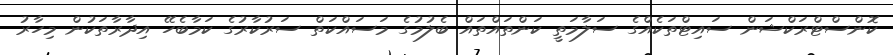
ކޮންސްޓްރަކްޝަން ސައިޓްތަކެއްގެ ސަލާމަތީ ކަންތައްތައް ބެލުމުގެ މަސައްކަތް ސަރުކާރުގެ ކަމާބެހޭ އިދާރާތަކުން މިހާރު